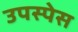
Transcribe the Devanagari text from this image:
उपस्पेस